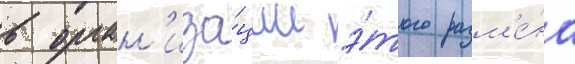
в орган'иза́ции э́того разм'е́на